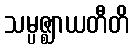
သမ္ပဇ္ဈာယတီတိ